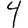
Digit: 4